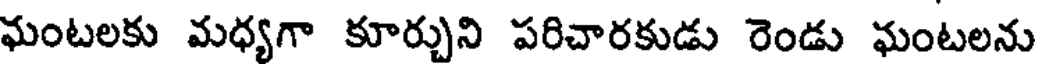
ఘంటలకు మధ్యగా కూర్చుని పరిచారకుడు రెండు ఘంటలను